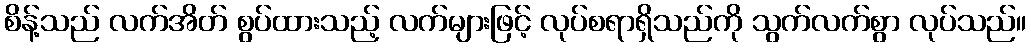
စိန့်သည် လက်အိတ် စွပ်ထားသည့် လက်များဖြင့် လုပ်စရာရှိသည်ကို သွက်လက်စွာ လုပ်သည်။